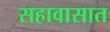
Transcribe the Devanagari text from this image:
सहावासात